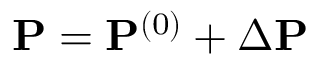
{ \bf P } = { \bf P } ^ { ( 0 ) } + \Delta { \bf P }